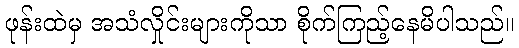
ဖုန်းထဲမှ အသံလှိုင်းများကိုသာ စိုက်ကြည့်နေမိပါသည်။